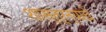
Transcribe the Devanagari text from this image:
शास्त्रन्यांचे